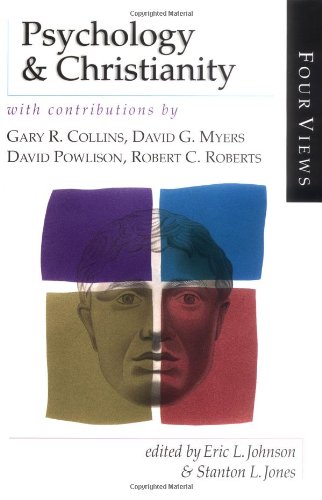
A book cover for Psychology & Christianity : Four Views; Gary R. Collins; Religion & Spirituality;